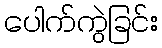
ပေါက်ကွဲခြင်း